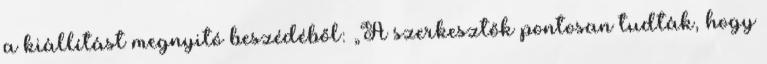
a kiállítást megnyitó beszédéből: „A szerkesztők pontosan tudták, hogy